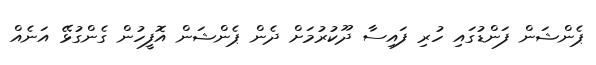
ޕެންޝަން ފަންޑުގައި ހުރި ފައިސާ ދޫކުރުމަށް ދެން ޕެންޝަން އޮފީހުން ގެންގުޅޭ އަނެއް